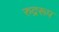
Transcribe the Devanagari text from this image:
रुद्ररूप